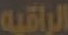
الراقية